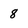
Character: 8